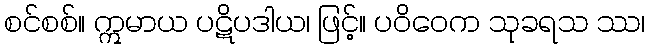
စင်စစ်။ ဣမာယ ပဋိပဒါယ၊ ဖြင့်။ ပဝိဝေက သုခရသ ဿ၊